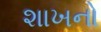
શાખનો